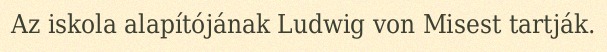
Az iskola alapítójának Ludwig von Misest tartják.